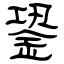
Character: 銎